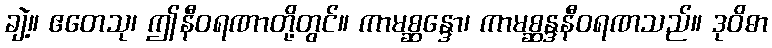
ချဲ့။ ဧတေသု၊ ဤနီဝရဏာတို့တွင်။ ကာမစ္ဆန္ဒော၊ ကာမစ္ဆန္ဒနီဝရဏသည်။ ဒုဝိဓာ